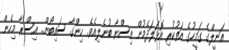
އަނީލްގެ ގަމީހުގެ އަތުކުރި އޮޅަލަދެމުން އިސްރާ ބުނެލިއެވެ. ހިންގާ ސައިބޯން.. އިސްރާ މިހެން